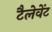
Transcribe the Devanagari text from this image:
टैलेवेंट